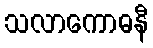
သလာကောဓနီ